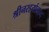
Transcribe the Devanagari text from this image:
श्रीनरहर्यानन्द